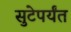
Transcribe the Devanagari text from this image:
सुटेपर्यंत